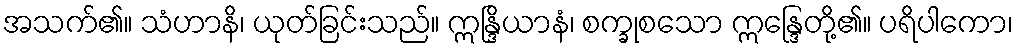
အသက်၏။ သံဟာနိ၊ ယုတ်ခြင်းသည်။ ဣန္ဒြိယာနံ၊ စက္ခုစသော ဣန္ဒြေတို့၏။ ပရိပါကော၊